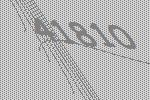
41810